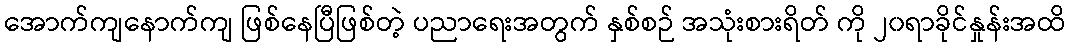
အောက်ကျနောက်ကျ ဖြစ်နေပြီဖြစ်တဲ့ ပညာရေးအတွက် နှစ်စဉ် အသုံးစားရိတ် ကို ၂၀ရာခိုင်နှုန်းအထိ